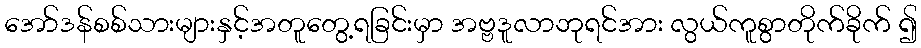
အော်ဒန်စစ်သားများနှင့်အတူတွေ့ရခြင်းမှာ အဗ္ဗဒူလာဘုရင်အား လွယ်ကူစွာတိုက်ခိုက် ၍